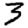
Digit: 3